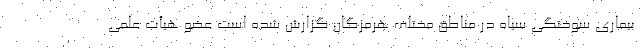
بیماری سوختگی سیاه در مناطق مختلف هرمزگان گزارش شده است عضو هیأت علمی